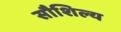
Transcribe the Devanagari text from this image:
सौशिल्य